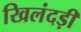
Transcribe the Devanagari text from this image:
खिलंदड़ी